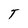
Character: T